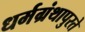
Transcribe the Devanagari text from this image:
धर्मग्रंथापुरते